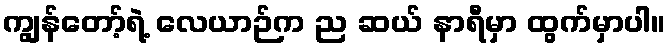
ကျွန်တော့်ရဲ့ လေယာဉ်က ည ဆယ် နာရီမှာ ထွက်မှာပါ။